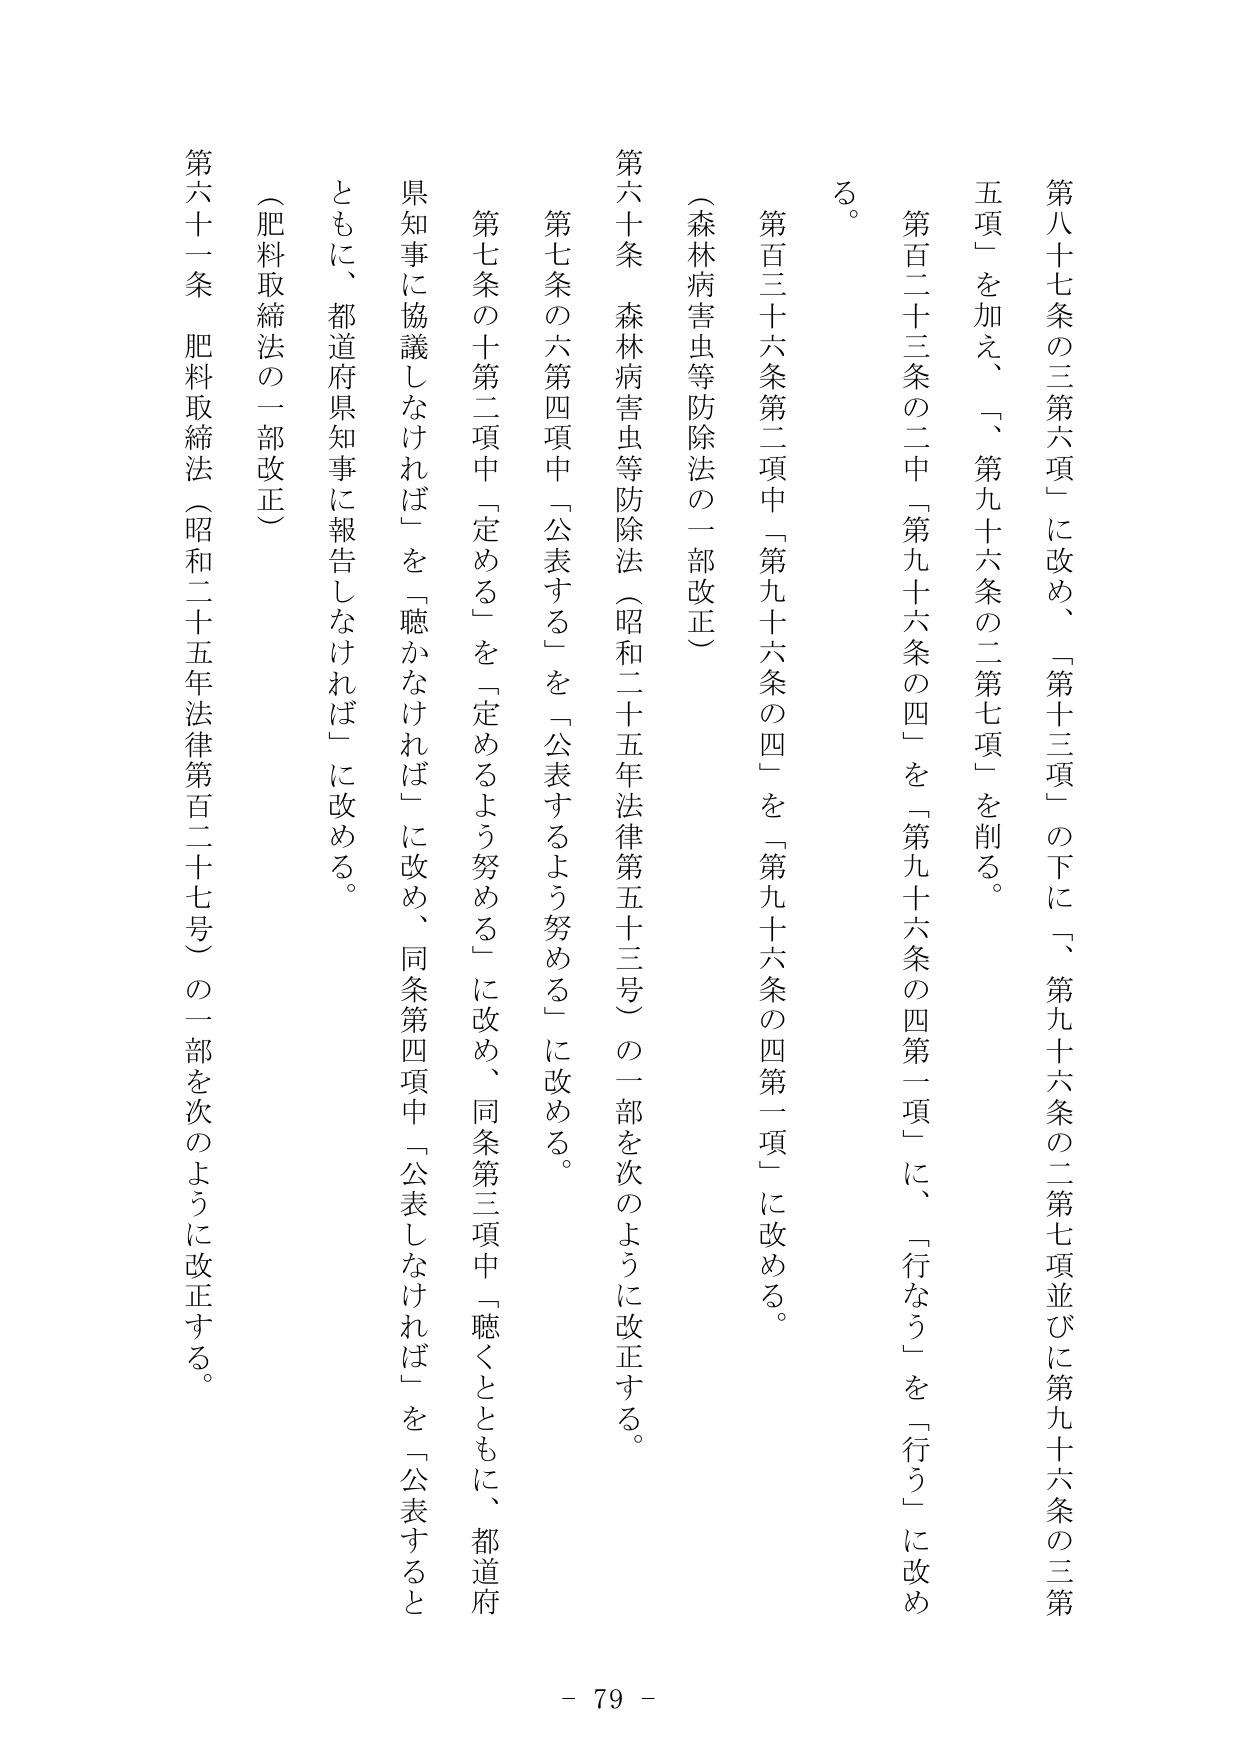
第八十七条の三第六項」に改め、「第十三項」の下に「、第九十六条の二第七項並びに第九十六条の三第五項」を加え、「、第九十六条の二第七項」を削る。

第百二十三条の二中「第九十六条の四」を「第九十六条の四第一項」に、「行なう」を「行う」に改める。

第百三十六条第二項中「第九十六条の四」を「第九十六条の四第一項」に改める。

（森林病害虫等防除法の一部改正）

第六十条　森林病害虫等防除法（昭和二十五年法律第五十三号）の一部を次のように改正する。

第七条の六第四項中「公表する」を「公表するよう努める」に改める。

第七条の十第二項中「定める」を「定めるよう努める」に改め、同条第三項中「聴くとともに、都道府県知事に協議しなければ」を「聴かなければ」に改め、同条第四項中「公表しなければ」を「公表するとともに、都道府県知事に報告しなければ」に改める。

（肥料取締法の一部改正）

第六十一条　肥料取締法（昭和二十五年法律第百二十七号）の一部を次のように改正する。

- 79 -